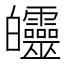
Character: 𤿅